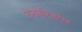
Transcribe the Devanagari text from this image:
बेनपेरिडॉल